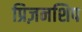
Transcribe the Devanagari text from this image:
प्रिज़नशिप